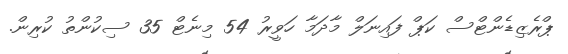
ޕްރެޒިޑެންޓްސް ކަޕް ފައިނަލް މާދަމާ ހަވީރު 54 މިނެޓް 35 ސިކުންތު ކުރިން.